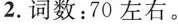
2.词数：70左右。